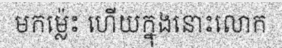
មកម្ល៉េះ ហើយក្នុងនោះលោក